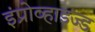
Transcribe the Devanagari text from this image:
इंप्रोव्हाइज्ड